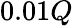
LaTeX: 0.01Q